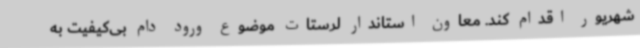
شهریور اقدام کند. معاون استاندار لرستات موضوع ورود دام بی‌کیفیت به